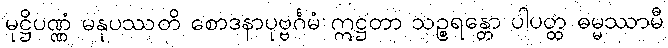
မုဋ္ဌိပဏ္ဏံ မနုပဿတိ စောဒနာပုဗ္ဗင်္ဂမံ ဣဋ္ဌတာ သဉ္စရန္တော ပါပတ္ထ ဓမ္မဿာမီ